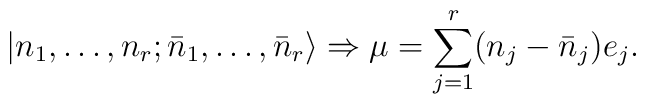
|n_1,\ldots,n_r;\bar{n}_1,\ldots,\bar{n}_r\rangle \Rightarrow    \mu=\sum_{j=1}^r(n_j-\bar{n}_j)e_j.